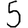
Digit: 5